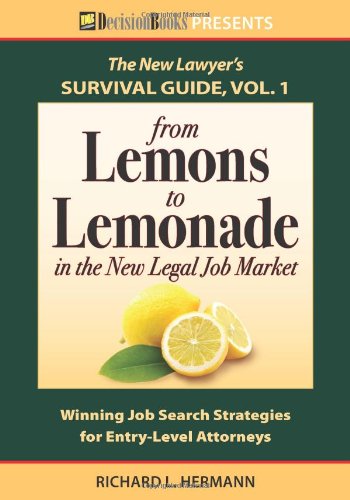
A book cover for The New Lawyer Survival Guide, Vol. 1: From Lemons to Lemonade in the New Legal Job Market; Richard L. Hermann; Business & Money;